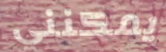
يمكنني